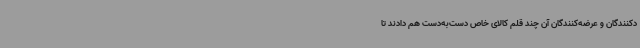
دکنندگان و عرضه‌کنندگان آن چند قلم کالای خاص دست‌به‌دست هم دادند تا